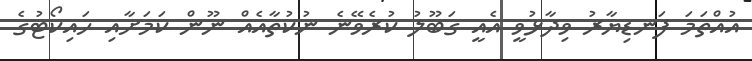
އުއްތަމަ ފަނޑިޔާރު ވިދާޅުވީ އެއީ ގަބޫލު ކުރެވޭނެ ނުކުތާއެއް ނޫން ކަމަށާއި ހައިކޯޓުގެ